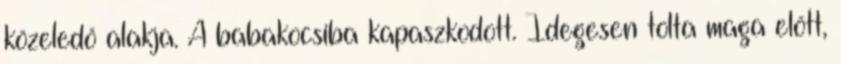
közeledő alakja. A babakocsiba kapaszkodott. Idegesen tolta maga előtt,